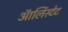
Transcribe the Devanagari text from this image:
ऑर्लिस्टेट